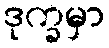
ဒုက္ခမှာ